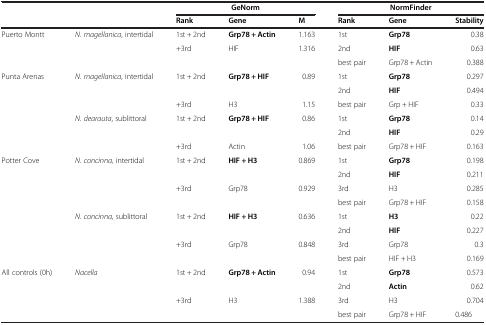
| <COLSPAN=2>  | <COLSPAN=3> GeNorm | <COLSPAN=3> NormFinder |
 | <COLSPAN=2>  | Rank | Gene | M | Rank | Gene | Stability |
 | --- | --- | --- | --- | --- | --- | --- | --- |
 | <ROWSPAN=3> Puerto Montt | <ROWSPAN=3> N. magellanica, intertidal | 1st + 2nd | Grp78 + Actin | 1.163 | 1st | Grp78 | 0.38 |
 | +3rd | HIF | 1.316 | 2nd | HIF | 0.63 |
 |  |  |  | best pair | Grp78 + Actin | 0.388 |
 | <ROWSPAN=6> Punta Arenas | <ROWSPAN=3> N. magellanica, intertidal | <ROWSPAN=2> 1st + 2nd | <ROWSPAN=2> Grp78 + HIF | <ROWSPAN=2> 0.89 | 1st | Grp78 | 0.297 |
 | 2nd | HIF | 0.494 |
 | +3rd | H3 | 1.15 | best pair | Grp + HIF | 0.33 |
 | <ROWSPAN=3> N. dearauta, sublittoral | <ROWSPAN=2> 1st + 2nd | <ROWSPAN=2> Grp78 + HIF | <ROWSPAN=2> 0.86 | 1st | Grp78 | 0.14 |
 | 2nd | HIF | 0.29 |
 | +3rd | Actin | 1.06 | best pair | Grp78 + HIF | 0.163 |
 | <ROWSPAN=8> Potter Cove | <ROWSPAN=4> N. concinna, intertidal | <ROWSPAN=2> 1st + 2nd | <ROWSPAN=2> HIF + H3 | <ROWSPAN=2> 0.869 | 1st | Grp78 | 0.198 |
 | 2nd | HIF | 0.211 |
 | +3rd | Grp78 | 0.929 | 3rd | H3 | 0.285 |
 |  |  |  | best pair | Grp78 + HIF | 0.158 |
 | <ROWSPAN=4> N. concinna, sublittoral | <ROWSPAN=2> 1st + 2nd | <ROWSPAN=2> HIF + H3 | <ROWSPAN=2> 0.636 | 1st | H3 | 0.22 |
 | 2nd | HIF | 0.227 |
 | +3rd | Grp78 | 0.848 | 3rd | Grp78 | 0.3 |
 |  |  |  | best pair | HIF + H3 | 0.169 |
 | <ROWSPAN=3> All controls (0h) | <ROWSPAN=3> Nacella | <ROWSPAN=2> 1st + 2nd | <ROWSPAN=2> Grp78 + Actin | <ROWSPAN=2> 0.94 | 1st | Grp78 | 0.573 |
 | 2nd | Actin | 0.62 |
 | +3rd | H3 | 1.388 | 3rd | H3 | 0.704 |
 | <COLSPAN=2>  |  |  |  | best pair | Grp78 + HIF | 0.486 |